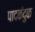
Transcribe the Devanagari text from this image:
पादकंदुक